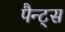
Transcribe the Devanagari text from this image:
पैन्ट्स